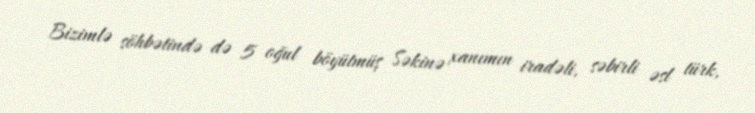
Bizimlə söhbətində də 5 oğul böyütmüş Səkinə xanımın iradəli, səbirli əsl türk,